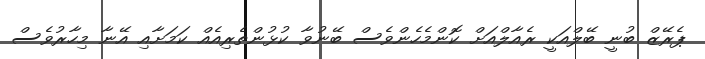
ޕެރޭޒް ބުނީ ބޭލްއަކީ ރެއާލްއަށް ކޮންމެހެންވެސް ބޭނުވާ ކުޅުންތެރިއެއް ކަމަށާއި އޭނާ މިހާރުވެސް